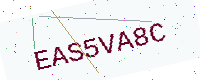
Text: EAS5VA8C